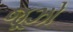
જૂઝો